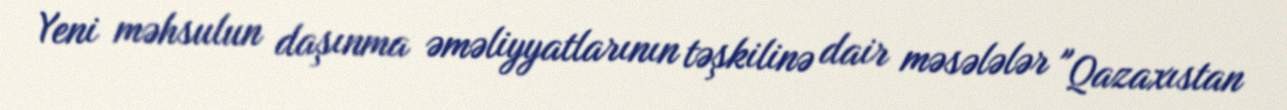
Yeni məhsulun daşınma əməliyyatlarının təşkilinə dair məsələlər "Qazaxıstan